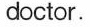
doctor.